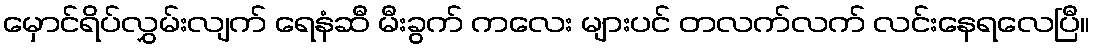
မှောင်ရိပ်လွှမ်းလျက် ရေနံဆီ မီးခွက် ကလေး များပင် တလက်လက် လင်းနေရလေပြီ။